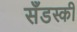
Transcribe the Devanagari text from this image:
सँडस्की